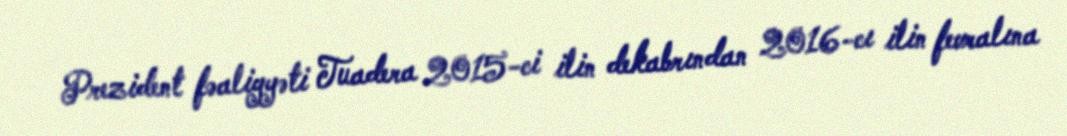
Prezident fəaliyyəti Tuadera 2015-ci ilin dekabrından 2016-cı ilin fevralına